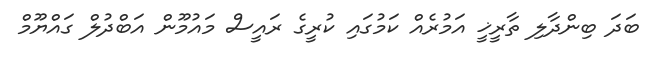
ބަދަ ބިންދާލި ތާރީޚީ އަމުރެއް ކަމުގައި ކުރީގެ ރައީސް މައުމޫން އަބްދުލް ގައްޔޫމް